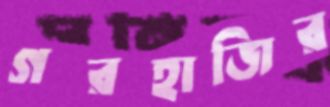
গরহাজির